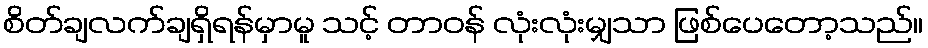
စိတ်ချလက်ချရှိရန်မှာမူ သင့် တာဝန် လုံးလုံးမျှသာ ဖြစ်ပေတော့သည်။